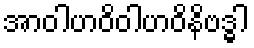
အာဝါဟဝိဝါဟဝိနိဗဒ္ဓါ